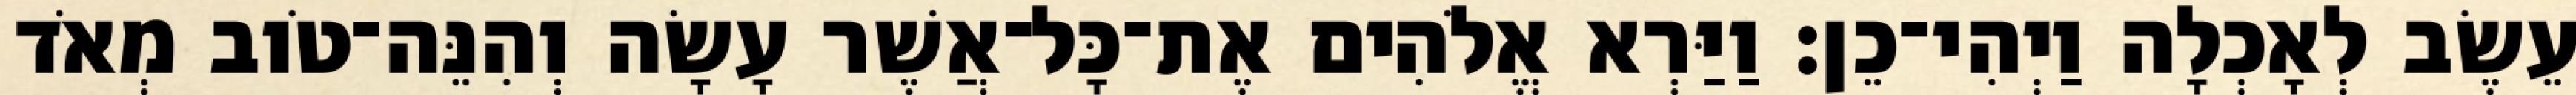
עֵשֶׂב לְאָכְלָה וַיְהִי־כֵן׃ וַיַּרְא אֱלֹהִים אֶת־כָּל־אֲשֶׁר עָשָׂה וְהִנֵּה־טֹוב מְאֹד